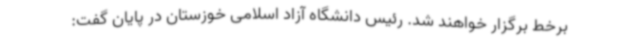
برخط برگزار خواهند شد. رئیس دانشگاه آزاد اسلامی خوزستان در پایان گفت: